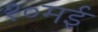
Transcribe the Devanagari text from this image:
१०मई